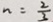
n = \frac { 2 } { 3 }